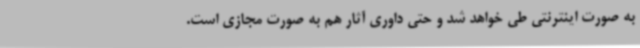
به صورت اینترنتی طی خواهد شد و حتی داوری آثار هم به صورت مجازی است.